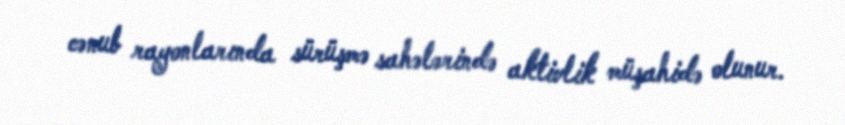
cənub rayonlarında sürüşmə sahələrində aktivlik müşahidə olunur.